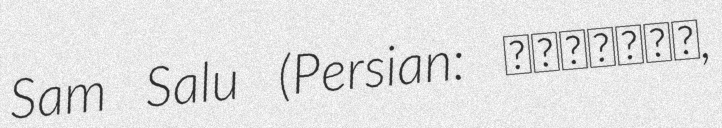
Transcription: Sam Salu (Persian: سامسالو,